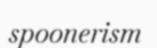
spoonerism